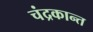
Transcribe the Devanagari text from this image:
चंद्रकान्त